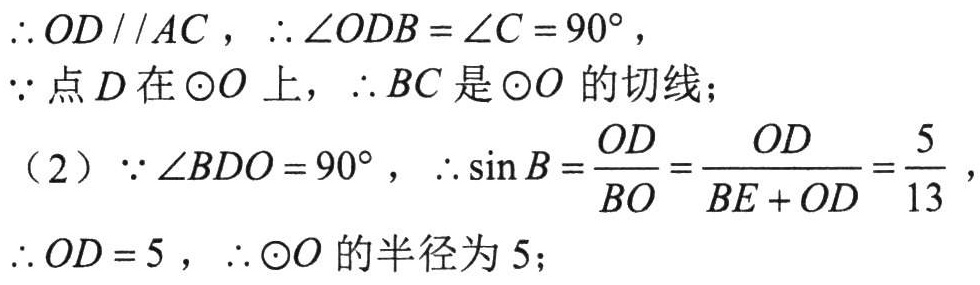
\(\therefore OD\parallel AC\)，\(\therefore\angle ODB=\angle C = 90^{\circ}\)，
\(\because\)点 \(D\) 在\(\odot O\) 上，\(\therefore BC\) 是\(\odot O\) 的切线；
（2）\(\because\angle BDO = 90^{\circ}\)，\(\therefore\sin B=\dfrac{OD}{BO}=\dfrac{OD}{BE + OD}=\dfrac{5}{13}\)，
\(\therefore OD = 5\)，\(\therefore\odot O\) 的半径为 \(5\)；